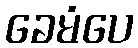
ခေမံပေ